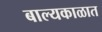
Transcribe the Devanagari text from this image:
बाल्यकाळात